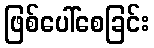
ဖြစ်ပေါ်စေခြင်း